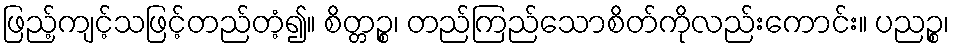
ဖြည့်ကျင့်သဖြင့်တည်တံ့၍။ စိတ္တဉ္စ၊ တည်ကြည်သောစိတ်ကိုလည်းကောင်း။ ပညဉ္စ၊